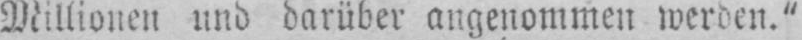
Millionen und darüber angenommen werden.”